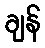
ချန်